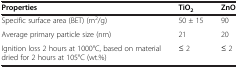
| Properties | TiO2 | ZnO |
 | --- | --- | --- |
 | Specific surface area (BET) (m2/g) | 50 ± 15 | 90 |
 | Average primary particle size (nm) | 21 | 20 |
 | Ignition loss 2 hours at 1000°C, based on material dried for 2 hours at 105°C (wt.%) | ≤ 2 | ≤ 2 |